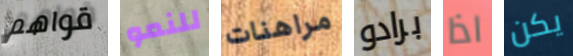
قواهم للنمو مراهنات برادو اذا يكن